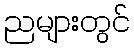
ညများတွင်